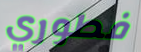
فطوري